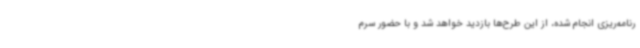
رنامه‌ریزی انجام شده، از این طرح‌ها بازدید خواهد شد و با حضور سرم